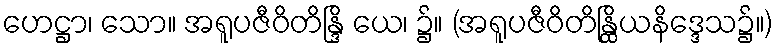
ဟေဋ္ဌာ၊ သော။ အရူပဇီဝိတိန္ဒြိ ယေ၊ ၌။ (အရူပဇီဝိတိန္ထြိယနိဒ္ဒေသ၌။)